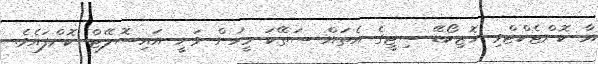
އާ ކޮންޓެކްޓްވި ހޮޒިކޯޑޭ ސިޓީގެ އެތައް ސަތޭކަ މީހުން ވަނީ އައިސޮލޭޓް ކޮށްފައެވެ.